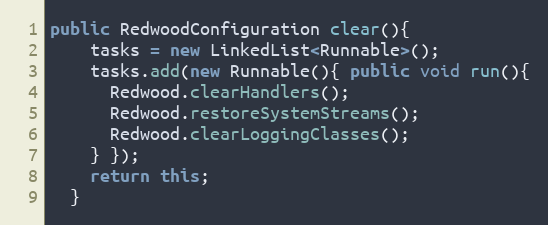
Language: Java
public RedwoodConfiguration clear(){
    tasks = new LinkedList<Runnable>();
    tasks.add(new Runnable(){ public void run(){
      Redwood.clearHandlers();
      Redwood.restoreSystemStreams();
      Redwood.clearLoggingClasses();
    } });
    return this;
  }